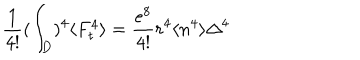
\frac { 1 } { 4 ! } ( \int _ { D } ) ^ { 4 } \langle F _ { t } ^ { 4 } \rangle = \frac { e ^ { 8 } } { 4 ! } r ^ { 4 } \langle n ^ { 4 } \rangle \Delta ^ { 4 }